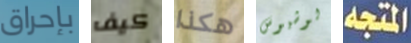
بإحراق كيف هكذا لوشيوس المتجه